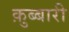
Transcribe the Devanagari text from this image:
क़ुब्बारी